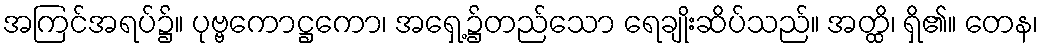
အကြင်အရပ်၌။ ပုဗ္ဗကောဋ္ဌကော၊ အရှေ့၌တည်သော ရေချိုးဆိပ်သည်။ အတ္ထိ၊ ရှိ၏။ တေန၊